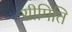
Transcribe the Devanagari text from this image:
सीमिति